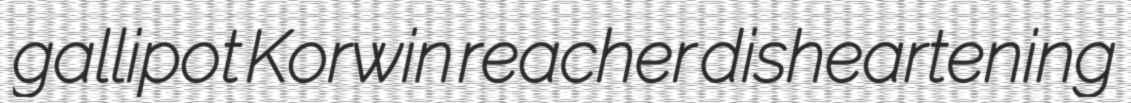
gallipot Korwin reacher disheartening